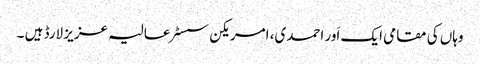
وہاں کی مقامی ایک اَور احمدی، امریکن سسٹر عالیہ عزیز لارڈ ہیں ۔